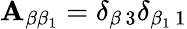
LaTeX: \mathbf{A}_{\beta\beta_{1}}=\delta_{\beta\, 3}\delta_{\beta_{1}\, 1}